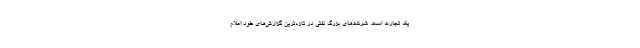
یک تجارت است. شرکت‌های بزرگ نفتی در تازه‌ترین گزارش‌های خود اعلام